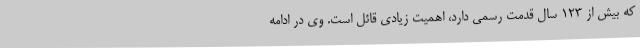
که بیش از 123 سال قدمت رسمی دارد، اهمیت زیادی قائل است. وی در ادامه